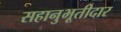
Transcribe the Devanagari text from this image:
सहानुभूतीदार